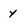
Character: Y